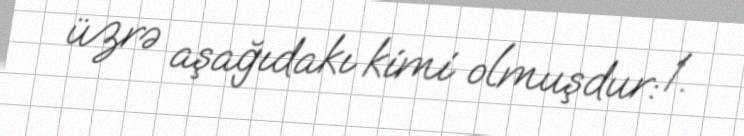
üzrə aşağıdakı kimi olmuşdur: 1.